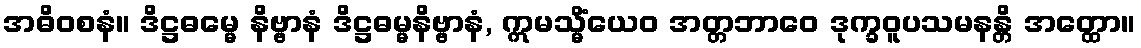
အဓိဝစနံ။ ဒိဋ္ဌဓမ္မေ နိဗ္ဗာနံ ဒိဋ္ဌဓမ္မနိဗ္ဗာနံ, ဣမသ္မိံယေဝ အတ္တဘာဝေ ဒုက္ခဝူပသမနန္တိ အတ္ထော။